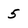
Character: 5